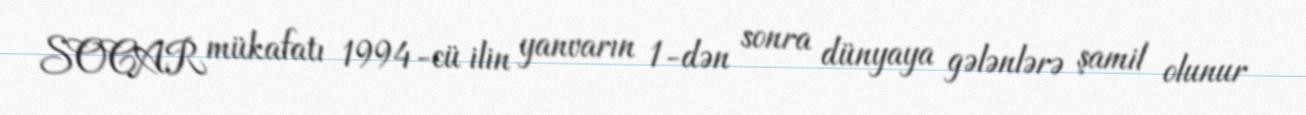
SOCAR mükafatı 1994-cü ilin yanvarın 1-dən sonra dünyaya gələnlərə şamil olunur